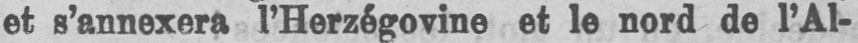
et s’annexera l’Herzégovine et le nord de l’Al-